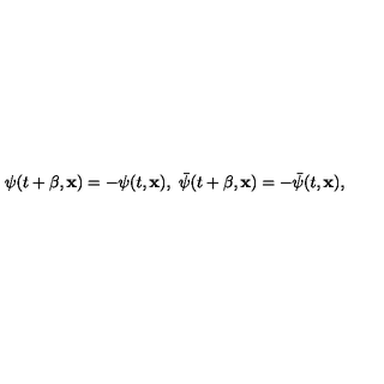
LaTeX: \psi ( t + \beta , { \bf x } ) = - \psi ( t , { \bf x } ) , \ \bar { \psi } ( t + \beta , { \bf x } ) = - \bar { \psi } ( t , { \bf x } ) ,